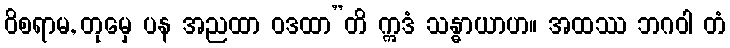
ဝိစရာမ, တုမှေ ပန အညထာ ဝဒထာ”တိ ဣဒံ သန္ဓာယာဟ။ အထဿ ဘဂဝါ တံ